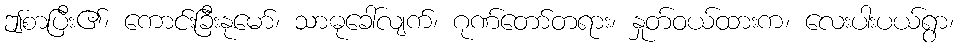
ဤစာပြီး၏၊ ကောင်းခြီးနုမော်၊ သာဓုခေါ်လျက်၊ ဂုဏ်တော်တရား၊ နှုတ်ဝယ်ထားက၊ လေးပါးပယ်ရွာ၊